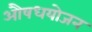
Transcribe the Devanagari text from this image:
औषधयोजन